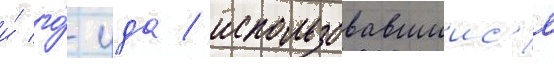
и́ го́-уда / использовавшиис'я